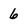
Character: 6